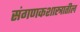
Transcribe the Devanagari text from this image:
संगणकशास्त्रातील